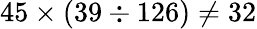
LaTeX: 45\times(39\div 126)\neq 32